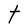
Character: t